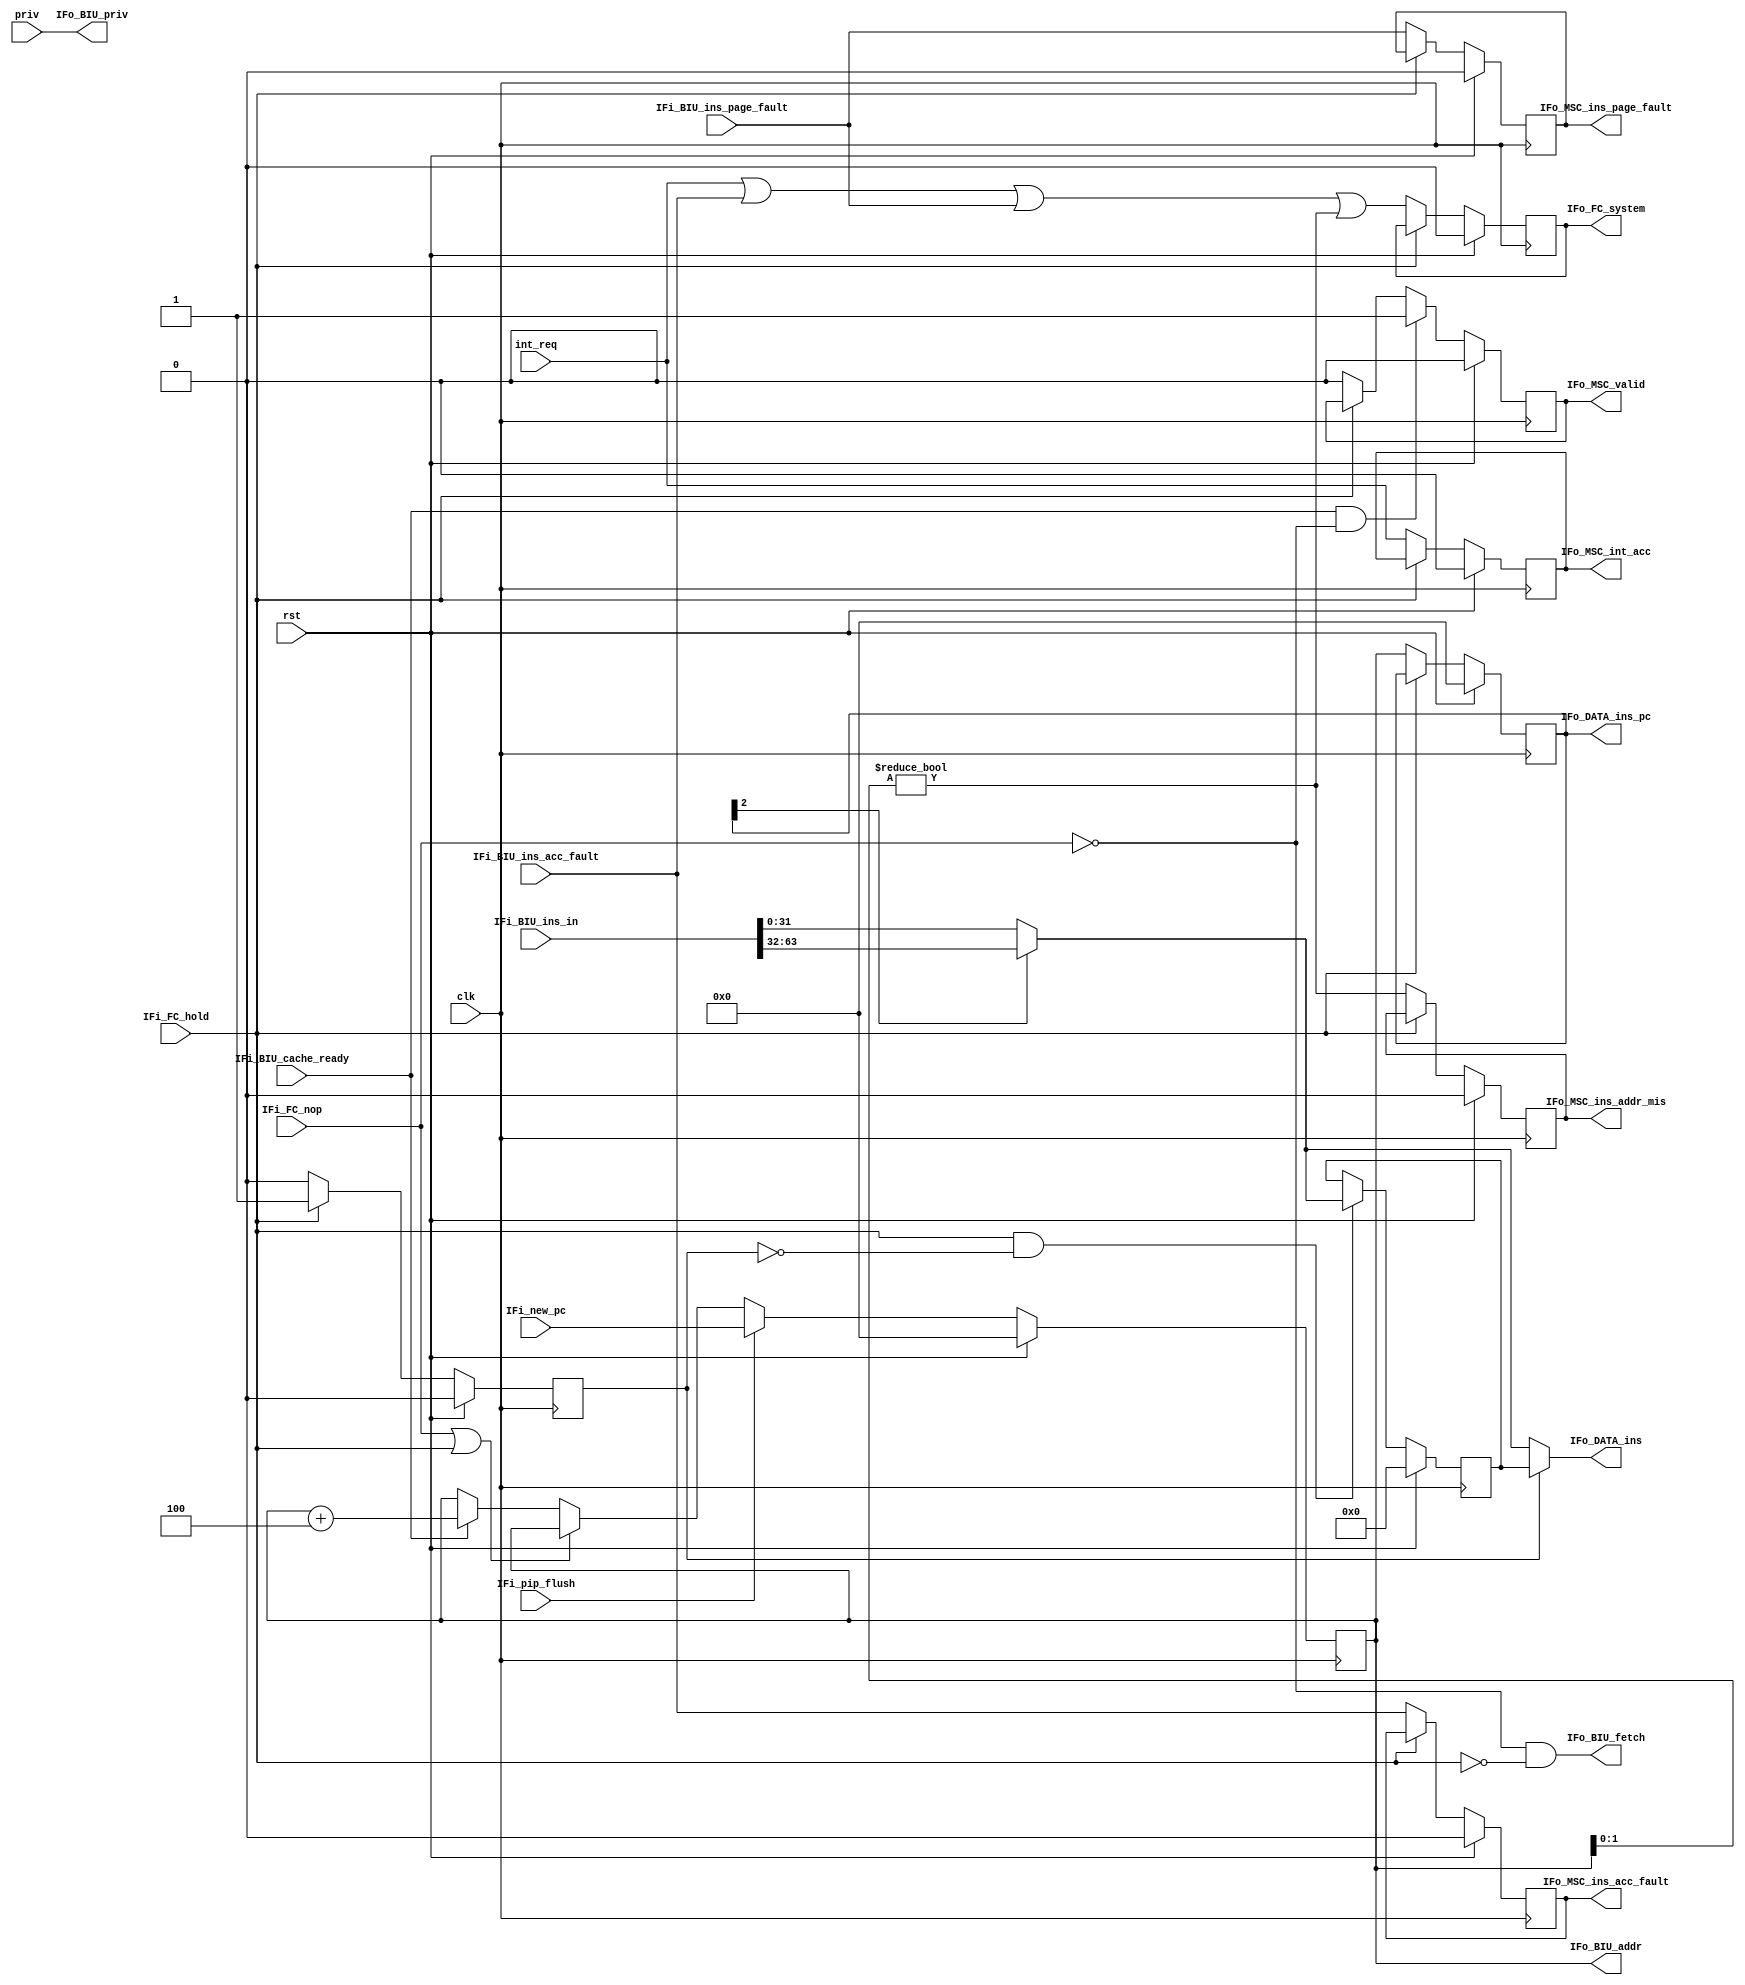
/*
PRV464PROIF

2020.11.19
Tags in singals:
i:input(IFi means IF input)
o:output(IFo means IF output)
BIU: Bus Interfence Unit, means the singals is connected to the BIU
DATA: DATA transfer to the next stage
MSC: Machine State Control
FC:Flow Control

*/

module ins_fetch(

input wire clk,
input wire rst,
input wire [3:0]priv,		//

//
input wire int_req,			//1,IF
//pip
//
input wire IFi_FC_hold,			//if
input wire IFi_FC_nop,				//if
//
input wire IFi_pip_flush,
input wire [63:0]IFi_new_pc,	//PC
//cache
//BIU
output wire [63:0]IFo_BIU_addr,
output wire IFo_BIU_fetch,				//
output wire [3:0]IFo_BIU_priv,			//
input wire [63:0]IFi_BIU_ins_in,
input wire IFi_BIU_ins_acc_fault, 		//
input wire IFi_BIU_ins_page_fault,		//
input wire IFi_BIU_cache_ready,			//cache

/*

*/

//ID
//
output wire [31:0]IFo_DATA_ins,
//PC
output reg [63:0]IFo_DATA_ins_pc,
//MSC Machine State Contral
//
output reg IFo_MSC_ins_acc_fault,	//
output reg IFo_MSC_ins_addr_mis, 	//
output reg IFo_MSC_ins_page_fault,	//
output reg IFo_MSC_int_acc,			//
output reg IFo_MSC_valid,			//
//
output reg IFo_FC_system


);
parameter pc_rst = 64'h0000_0000_0000_0000;	//pc,

reg hold;		//Hold

reg [31:0]ins_hold;			//ins

reg [63:0]pc;
wire addr_mis;				//PC

wire [31:0]ins_shift;		//


assign addr_mis = (pc[1:0]!=2'b00);

assign ins_shift= IFo_DATA_ins_pc[2] ? IFi_BIU_ins_in[63:32] : IFi_BIU_ins_in[31:0];


//pc
//pip_flushpcpc_new
//nop_if,L1pc
always@(posedge clk)begin
	if(rst)begin
		pc <= pc_rst;
	end
	else if(IFi_pip_flush)begin
		pc <= IFi_new_pc;
	end
	else if(IFi_FC_nop | IFi_FC_hold)begin
		pc <= pc;
	end
	else begin
		pc <= (IFi_BIU_cache_ready) ? pc + 64'd4 : pc;
	end
end

always@(posedge clk)begin
	if(rst)begin
		IFo_DATA_ins_pc <= 64'b0;
	end
	else if(IFi_FC_hold)begin
		IFo_DATA_ins_pc <= IFo_DATA_ins_pc;
	end
	else begin
		IFo_DATA_ins_pc <= pc;
	end
end

always@(posedge clk)begin
	if(rst)begin
		ins_hold <= 32'b0;
	end
	else if(IFi_FC_hold & !hold)begin
		ins_hold <= ins_shift;
	end
end
/*
Hold 
*/
always@(posedge clk)begin
	if(rst)begin
		hold <= 1'b0;
	end
	else if(hold==1'b0)begin
		hold <= IFi_FC_hold ? 1'b1 : hold;
	end
	else if(hold==1'b1)begin
		hold <= !IFi_FC_hold ? 1'b0 : hold;
	end
end

//
always@(posedge clk)begin
	if(rst)begin
		IFo_MSC_ins_acc_fault <= 1'b0;
		IFo_MSC_ins_page_fault<= 1'b0;
		IFo_MSC_ins_addr_mis  <= 1'b0;
		IFo_MSC_int_acc		  <= 1'b0;
		IFo_FC_system		  <= 1'b0;
	end
	else if(IFi_FC_hold)begin
		IFo_MSC_ins_acc_fault <= IFo_MSC_ins_acc_fault;
		IFo_MSC_ins_page_fault<= IFo_MSC_ins_page_fault;
		IFo_MSC_ins_addr_mis  <= IFo_MSC_ins_addr_mis;
		IFo_MSC_int_acc       <= IFo_MSC_int_acc;
		IFo_FC_system		  <= IFo_FC_system;
	end
	else begin
		IFo_MSC_ins_acc_fault <= IFi_BIU_ins_acc_fault;
		IFo_MSC_ins_page_fault<= IFi_BIU_ins_page_fault;
		IFo_MSC_ins_addr_mis  <= addr_mis;
		IFo_MSC_int_acc       <= int_req;
		IFo_FC_system		  <= int_req | IFi_BIU_ins_acc_fault | IFi_BIU_ins_page_fault | addr_mis;
	end
end

//
//valid
always@(posedge clk)begin
	if(rst)begin
		IFo_MSC_valid <= 1'b0;
	end
	else if(IFi_BIU_cache_ready & !IFi_FC_nop)begin
		IFo_MSC_valid <= 1'b1;
	end
	else if(IFi_FC_hold)begin
		IFo_MSC_valid <= IFo_MSC_valid;
	end
	else begin
		IFo_MSC_valid <= 1'b0;
	end
end

assign IFo_DATA_ins 	= hold?ins_hold:ins_shift;
assign IFo_BIU_priv			= priv;
assign IFo_BIU_addr			= pc;
assign IFo_BIU_fetch		= !IFi_FC_nop & !IFi_FC_hold;


endmodule